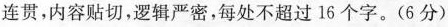
连贯，内容贴切，逻辑严密，每处不超过16个字。(6分)